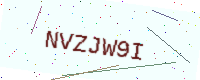
Text: NVZJW9I